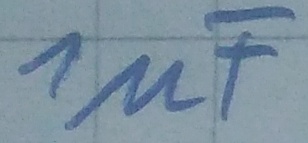
Text: 1µF